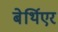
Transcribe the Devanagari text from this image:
बेर्थिएर